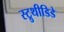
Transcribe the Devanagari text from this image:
स्ट्रुथीडिडे